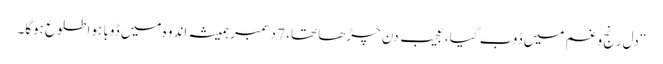
“ دل رنج و غم میں ڈوب گیا، عجیب دن چڑھا تھا، 7 دسمبر ہمیشہ اندوہ میں ڈوبا ہوا طلوع ہوگا۔